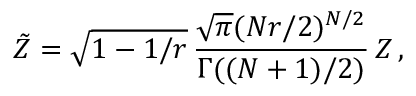
\tilde { \cal Z } = \sqrt { 1 - 1 / r } \, { \frac { \sqrt { \pi } ( N r / 2 ) ^ { N / 2 } } { \Gamma ( ( N + 1 ) / 2 ) } } \, { \cal Z } \, ,